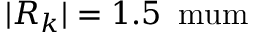
| R _ { k } | = 1 . 5 \, \mathrm { \ m u m }